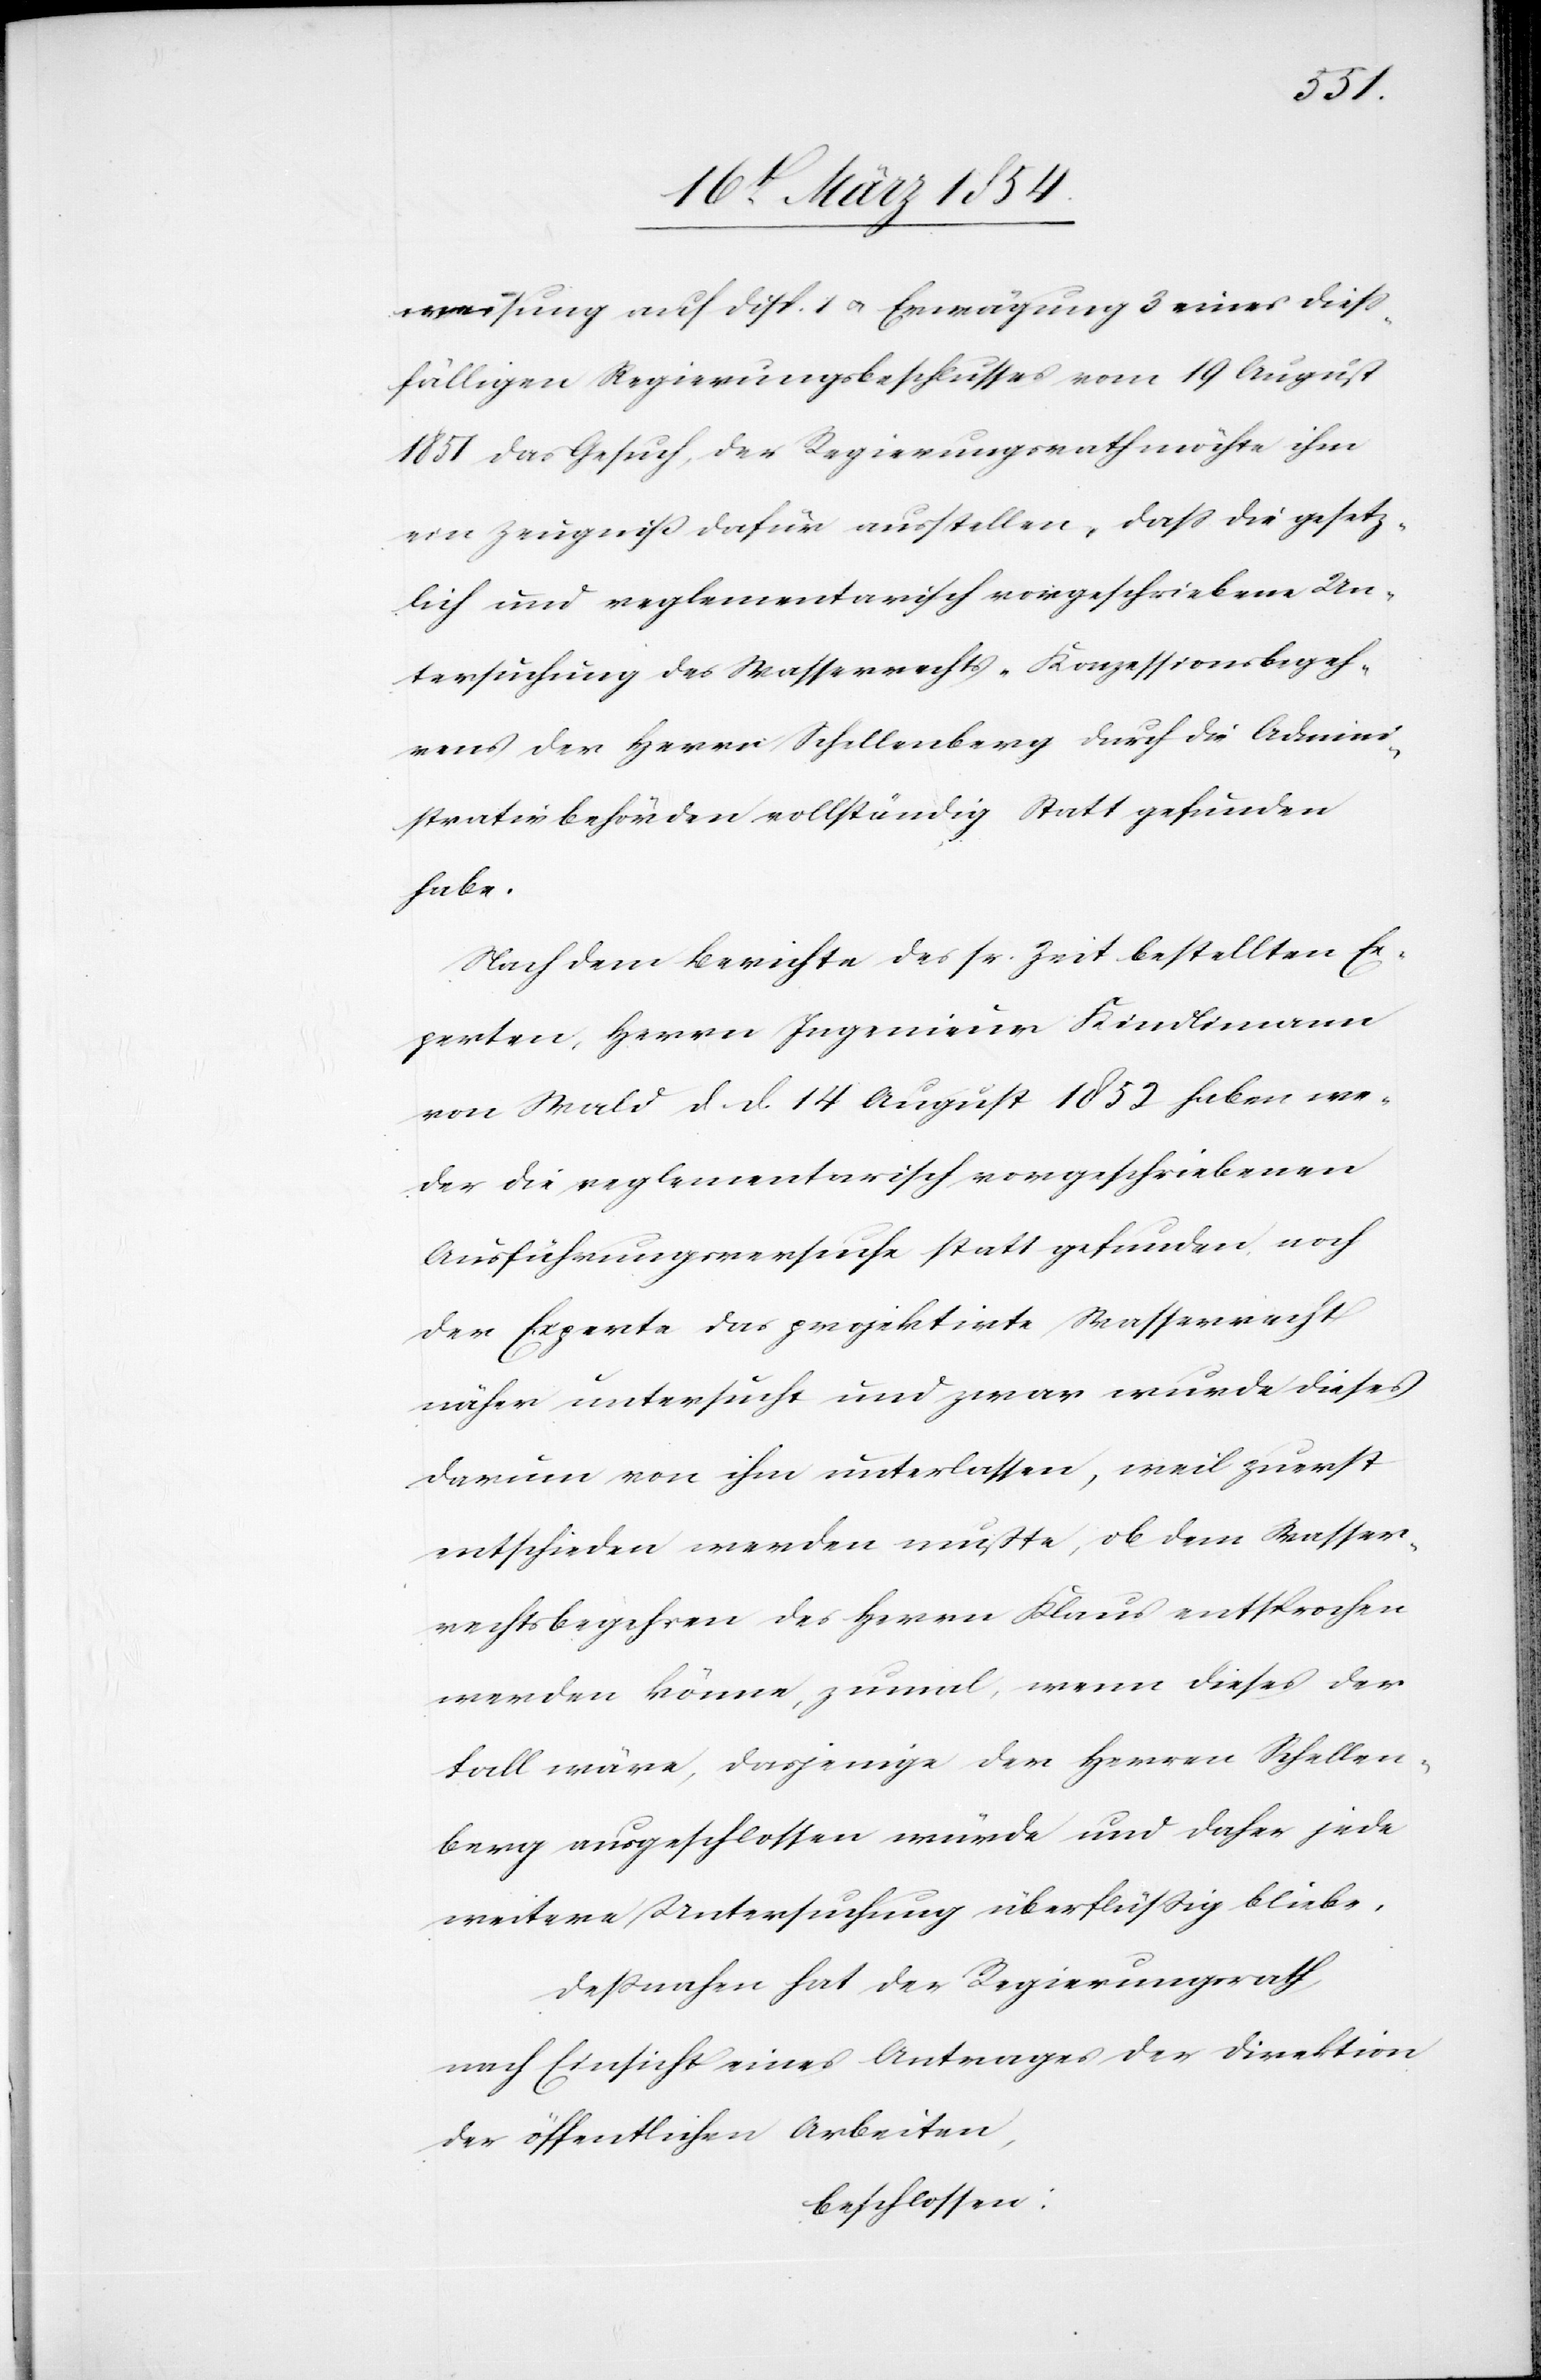
weisung auf Dipl. I u. Erwägung 3 eines dieß¬
fälligen Regierungsbeschlusses vom 19 August
1851 das Gesuch, der Regierungsrath möchte ihm
ein Zeugniß dafür ausstellen, daß die gesetz¬
lich und reglementarisch vorgeschriebene Un¬
tersuchung des Wasserrechts-Konzessionsbegeh¬
rens der Herr[e]n Schellenberg durch die Admini¬
strativbehörden vollständig Statt gefunden
habe.
Nach dem Berichte des sr. Zeit bestellten Ex¬
perten, Herrn Ingenieur Kindlimann
von Wald d. d. 14 August 1852 haben we¬
der die reglementarisch vorgeschriebenen
Ausführungsversuche Statt gefunden, noch
der Experte das projektirte Wasserrecht
näher untersucht und zwar wurde dieses
darum von ihm unterlassen, weil zuerst
entschieden werden mußte, ob dem Wasser¬
rechtsbegehren des Herrn Klaus entsprochen
werden könne, zumal wenn dieses der
Fall wäre, dasjenige der Herren Schellen¬
berg ausgeschlossen würde und daher jede
weitere Untersuchung überflüßig bliebe.
Deßnahen hat der Regierungsrath,
nach Einsicht eines Antrages der Direktion
der öffentlichen Arbeiten,
beschlossen: